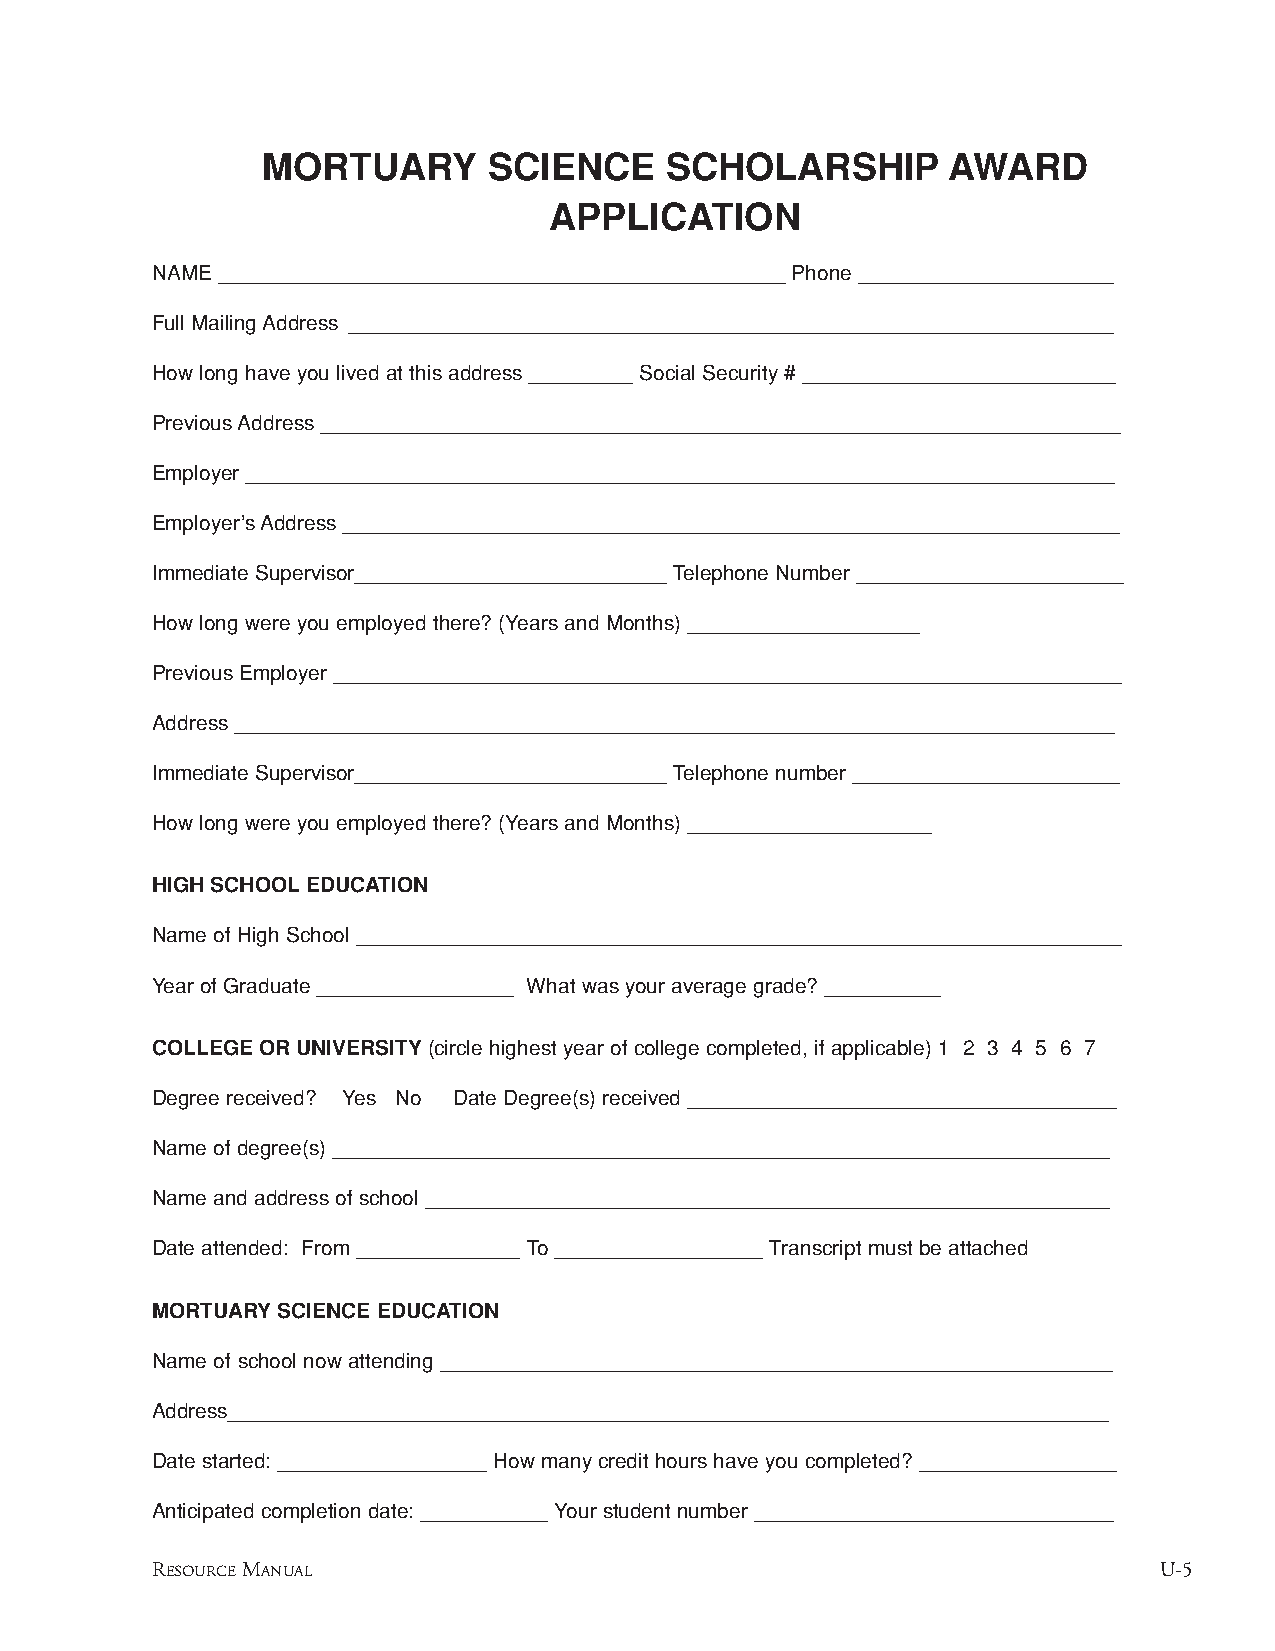
MORTUARY       SCIENCE     SCHOLARSHIP        AWARD
 APPLICATION
 NAME _________________________________________________ Phone ______________________
 Full Mailing Address __________________________________________________________________
 How long have you lived at this address _________ Social Security # ___________________________
 Previous Address _____________________________________________________________________
 Employer ___________________________________________________________________________
 Employer’s Address ___________________________________________________________________
 Immediate Supervisor___________________________ Telephone Number _______________________
 How long were you employed there? (Years and Months) ____________________
 Previous Employer ____________________________________________________________________
 Address ____________________________________________________________________________
 Immediate Supervisor___________________________ Telephone number _______________________
 How long were you employed there? (Years and Months) _____________________
 HIGH SCHOOLEDUCATION
 Name of High School __________________________________________________________________
 Year of Graduate _________________ What was your average grade? __________
 COLLEGE OR UNIVERSITY (circle highest year of college completed, if applicable) 1 2 3 4 5 6 7
 Degree received? Yes No Date Degree(s) received _____________________________________
 Name of degree(s) ___________________________________________________________________
 Name and address of school ___________________________________________________________
 Date attended: From ______________ To __________________ Transcript must be attached
 MORTUARYSCIENCE EDUCATION
 Name of school now attending __________________________________________________________
 Address____________________________________________________________________________
 Date started: __________________ How many credit hours have you completed? _________________
 Anticipated completion date: ___________ Your student number _______________________________
 RESOURCEMANUAL                                                     U-5